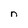
Character: n